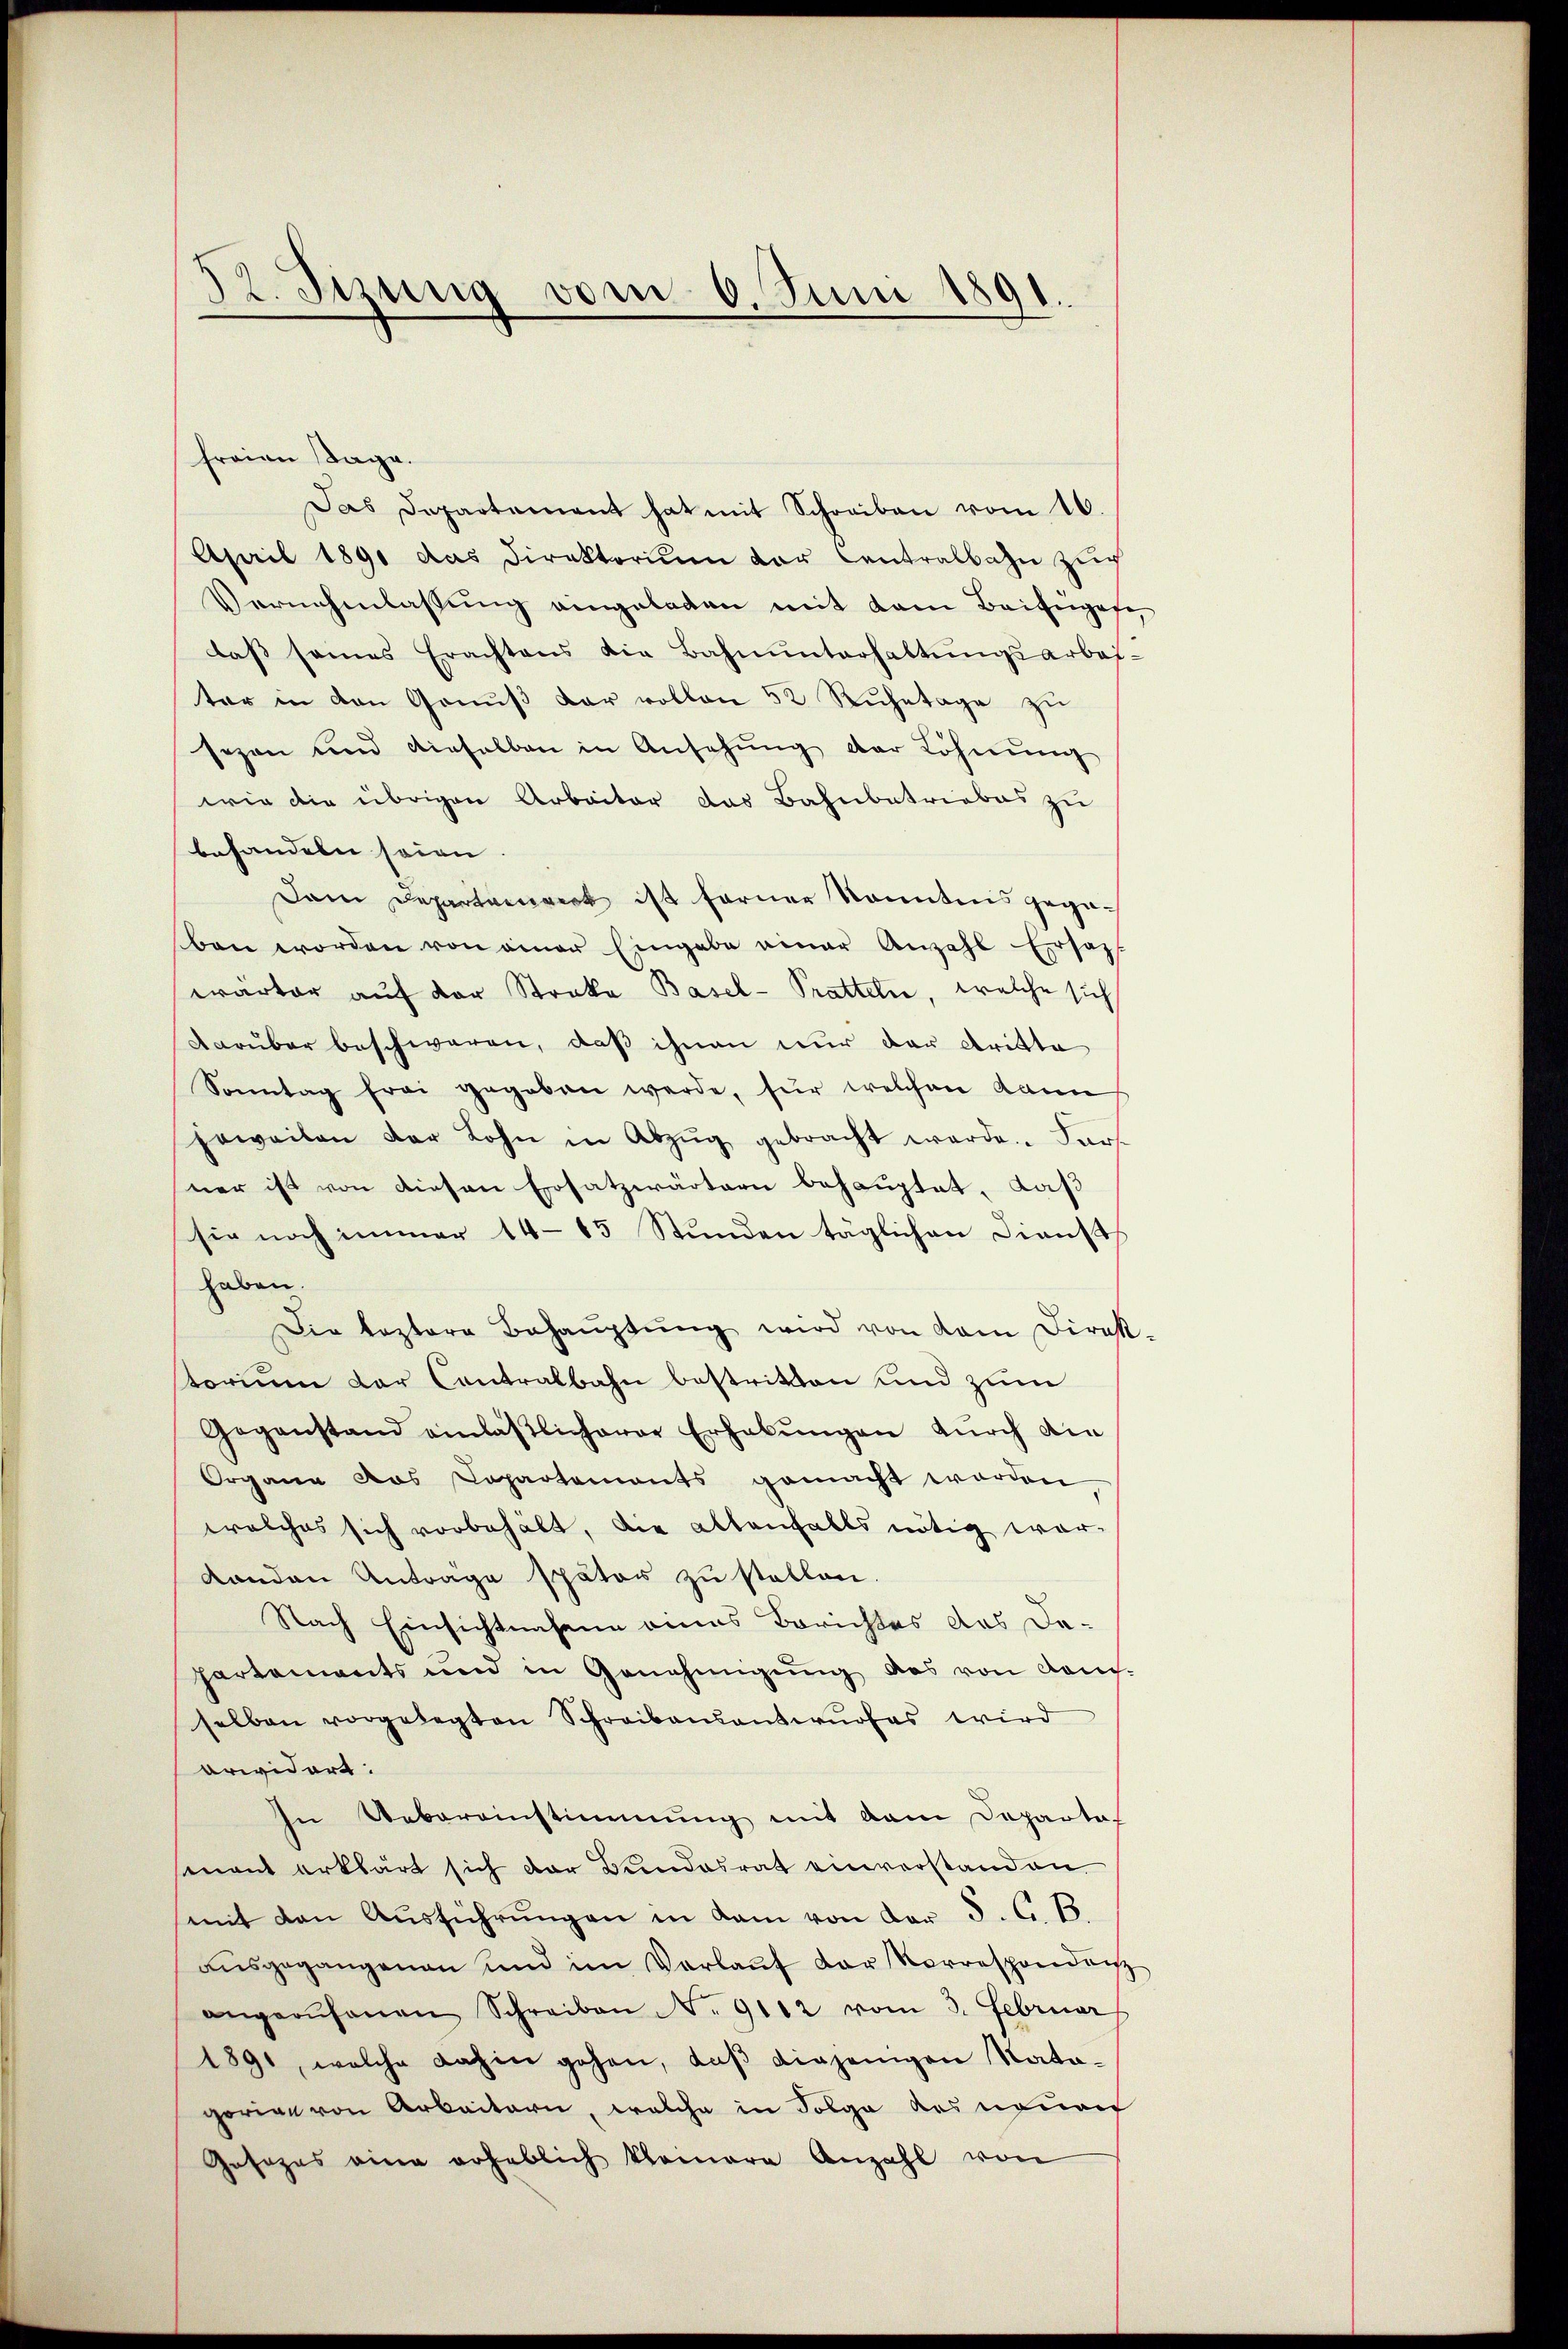
52. Jezung vom 6. Juni 1891.

freien Tage.
Das Departement hat mit Schreiben vom 16.
April 1891 das Direktorium der Centralbahn zŭr
Vernehmlassŭng eingeladen mit dem Beisenate,
daβ seines Erachtens die Bahnŭnterhaltŭngsarbei-
ter in den Genuß der vollen 52 Ruhetage zu
sezen und dieselben in Ansehung der Löhnŭng
wie die übrigen Arbeiter das Bahnbetriebes zu
behandeln seien
Dan Departaneck ist ferner kanntnis gegeben worden von einer Eingabe einer Anzahl Ersatz
warter auf der Streke Basel- Pratteln, welche sich
Darüber beschwaren, daß ihnen nur der dritte
Sonntag frei gegeben werde, für welchen kann
jeweilen der Lohn in Abzŭg gebracht werde. Fürs
ner ist von diesen Ersatzwärtern behauptet, daß
sie noch immer 14–15 Stunden täglichen Dienst
haben.
Die leztere Behaŭptŭng wird von dem Direk-
torium der Contralbahn bestritten und zum
Gegenstand einläßlicherer Erhabŭngen durch die
Organe das Departements gemacht worden
welches sich vorbehält, die allenfalls nötig war-
Landen Anträge später zu stellen.
Nach Einsichtnahme eines Berichtes das De-
partements und in Genehmigŭng des von Kan-
selben vorgelegten Schreibensantwŭrfes wird
arwidert:
In Uebereinstimmung mit dem Departof
mant erklärt sich der Bundesrat einverstanden
mit den Aŭsführŭngen in kam von der S. C. S.
aŭsgegangenen und im Verlaŭf der Korrespondenz
angerŭfenen Schreiben No 9112 vom 3. Februar
1891, welche dahin gehen, daß diejenigen Natagorige von Arbeitern, welche in Folge des neuen
Gosezes eine erheblich kleinere Anzahl von